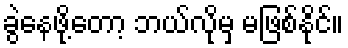
ခွဲနေဖို့တော့ ဘယ်လိုမှ မဖြစ်နိုင်။